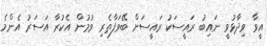
އީވާ ވިދާޅުވީ ނައިބު ރައީސަކު ރައީސަށް ބޭވަފާތެރި ވުމުން އެކުރާ އަސަރު އެންމެ